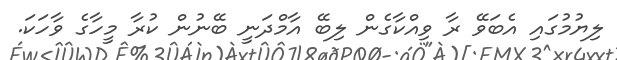
ލިޔުމުގައި އެބަވޭ ރާ ވިއްކާގެން ލިބޭ އާމްދަނީ ބޭނުން ކުރާ މީހާގެ ވާހަކަ.